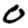
Digit: 0